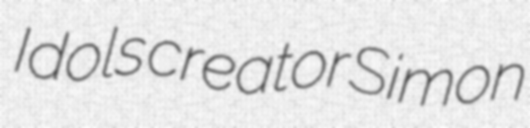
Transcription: Idols creator Simon